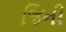
જિની